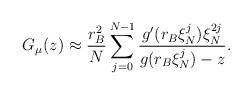
LaTeX: \begin{align*}G_{\mu}(z) \approx \frac{r_B^2}{N} \sum_{j=0}^{N-1} \frac{g'(r_B \xi_N^j) \xi_N^{2j}}{g(r_B \xi_N^j) - z}.\end{align*}